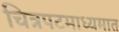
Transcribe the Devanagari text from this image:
चित्रपटमाध्यमात